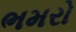
ભમરો